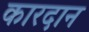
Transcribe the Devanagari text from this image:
कारदान